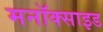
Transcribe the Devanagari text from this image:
मनॉक्साइड